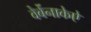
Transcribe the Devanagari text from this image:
वेर्बेनाकेऐ